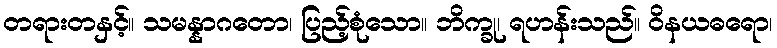
တရားတနှင့်။ သမန္နာဂတော၊ ပြည့်စုံသော။ ဘိက္ခု၊ ရဟန်းသည်။ ဝိနယဓရော၊